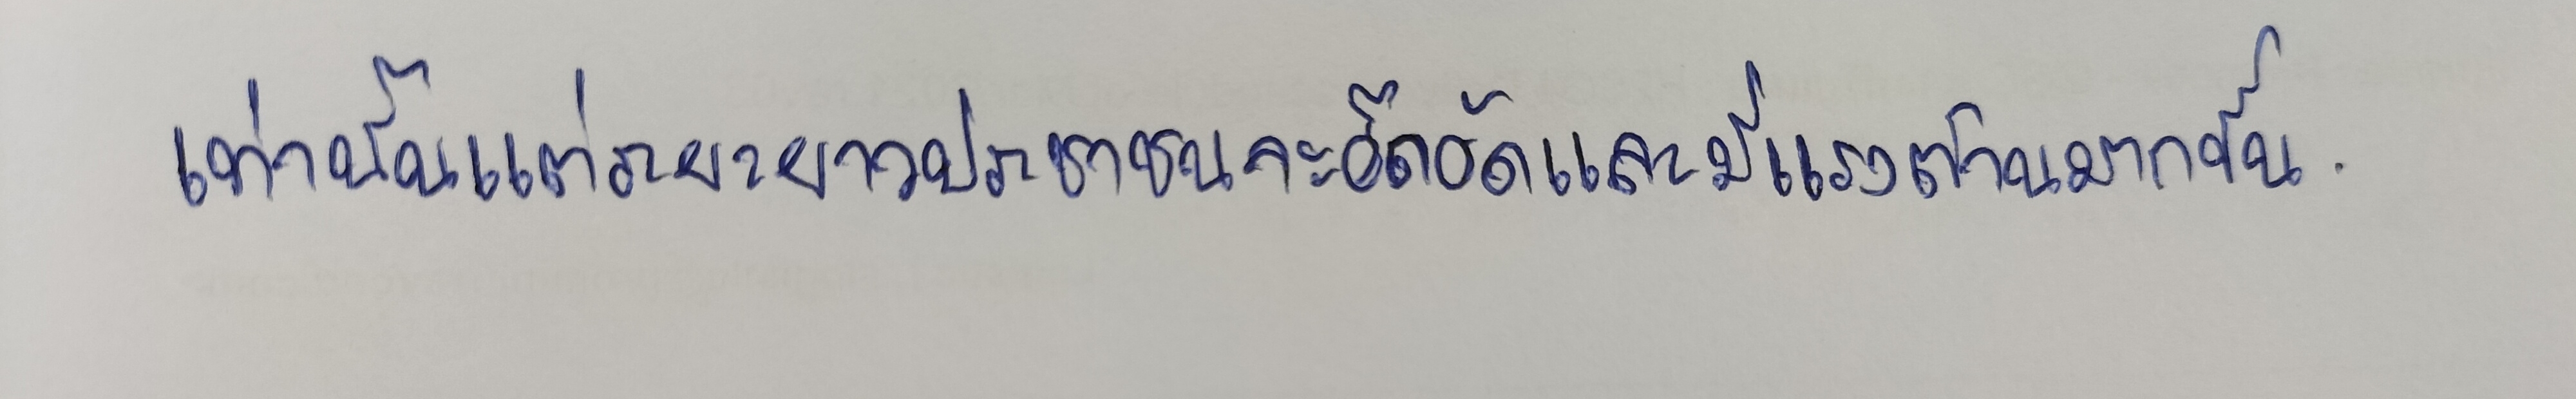
เท่านั้นแต่ระยะยาวประชาชนจะอึดอัดและมีแรงต้านมากขึ้น